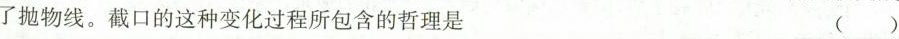
了抛物线。截口的这种变化过程所包含的哲理是（）